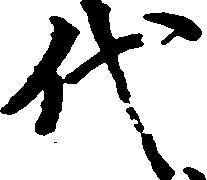
代